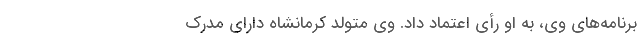
برنامه‌های وی، به او رأی اعتماد داد. وی متولد کرمانشاه دارای مدرک